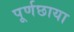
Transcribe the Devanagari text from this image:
पूर्णछाया